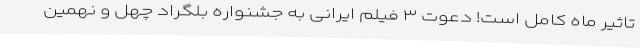
تاثیر ماه کامل است! دعوت ۳ فیلم ایرانی به جشنواره بلگراد چهل و نهمین